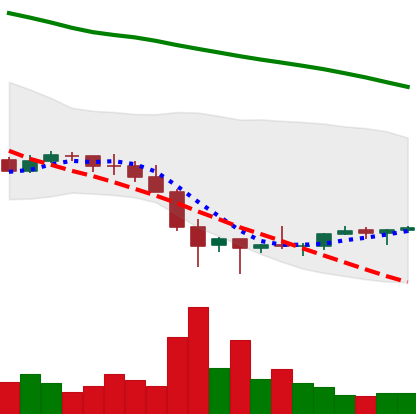
Ticker: EOS-USD
Chart end date: 2022-02-01
Forward return: 7.767%
Label: up_7plus